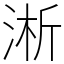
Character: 淅